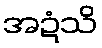
အဍံသိ